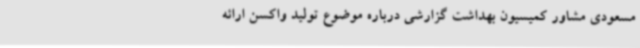
مسعودی مشاور کمیسیون بهداشت گزارشی درباره موضوع تولید واکسن ارائه